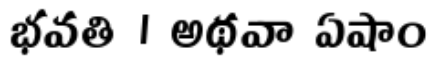
భవతి । అథవా ఏషాం